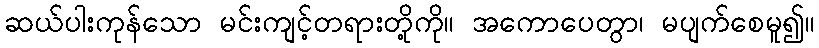
ဆယ်ပါးကုန်သော မင်းကျင့်တရားတို့ကို။ အကောပေတွာ၊ မပျက်စေမူ၍။